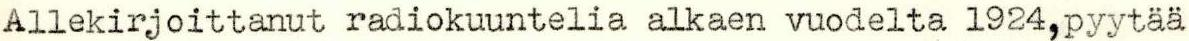
Allekirjoittanut radiokuuntelia alkaen vuodelta 1924,pyytää